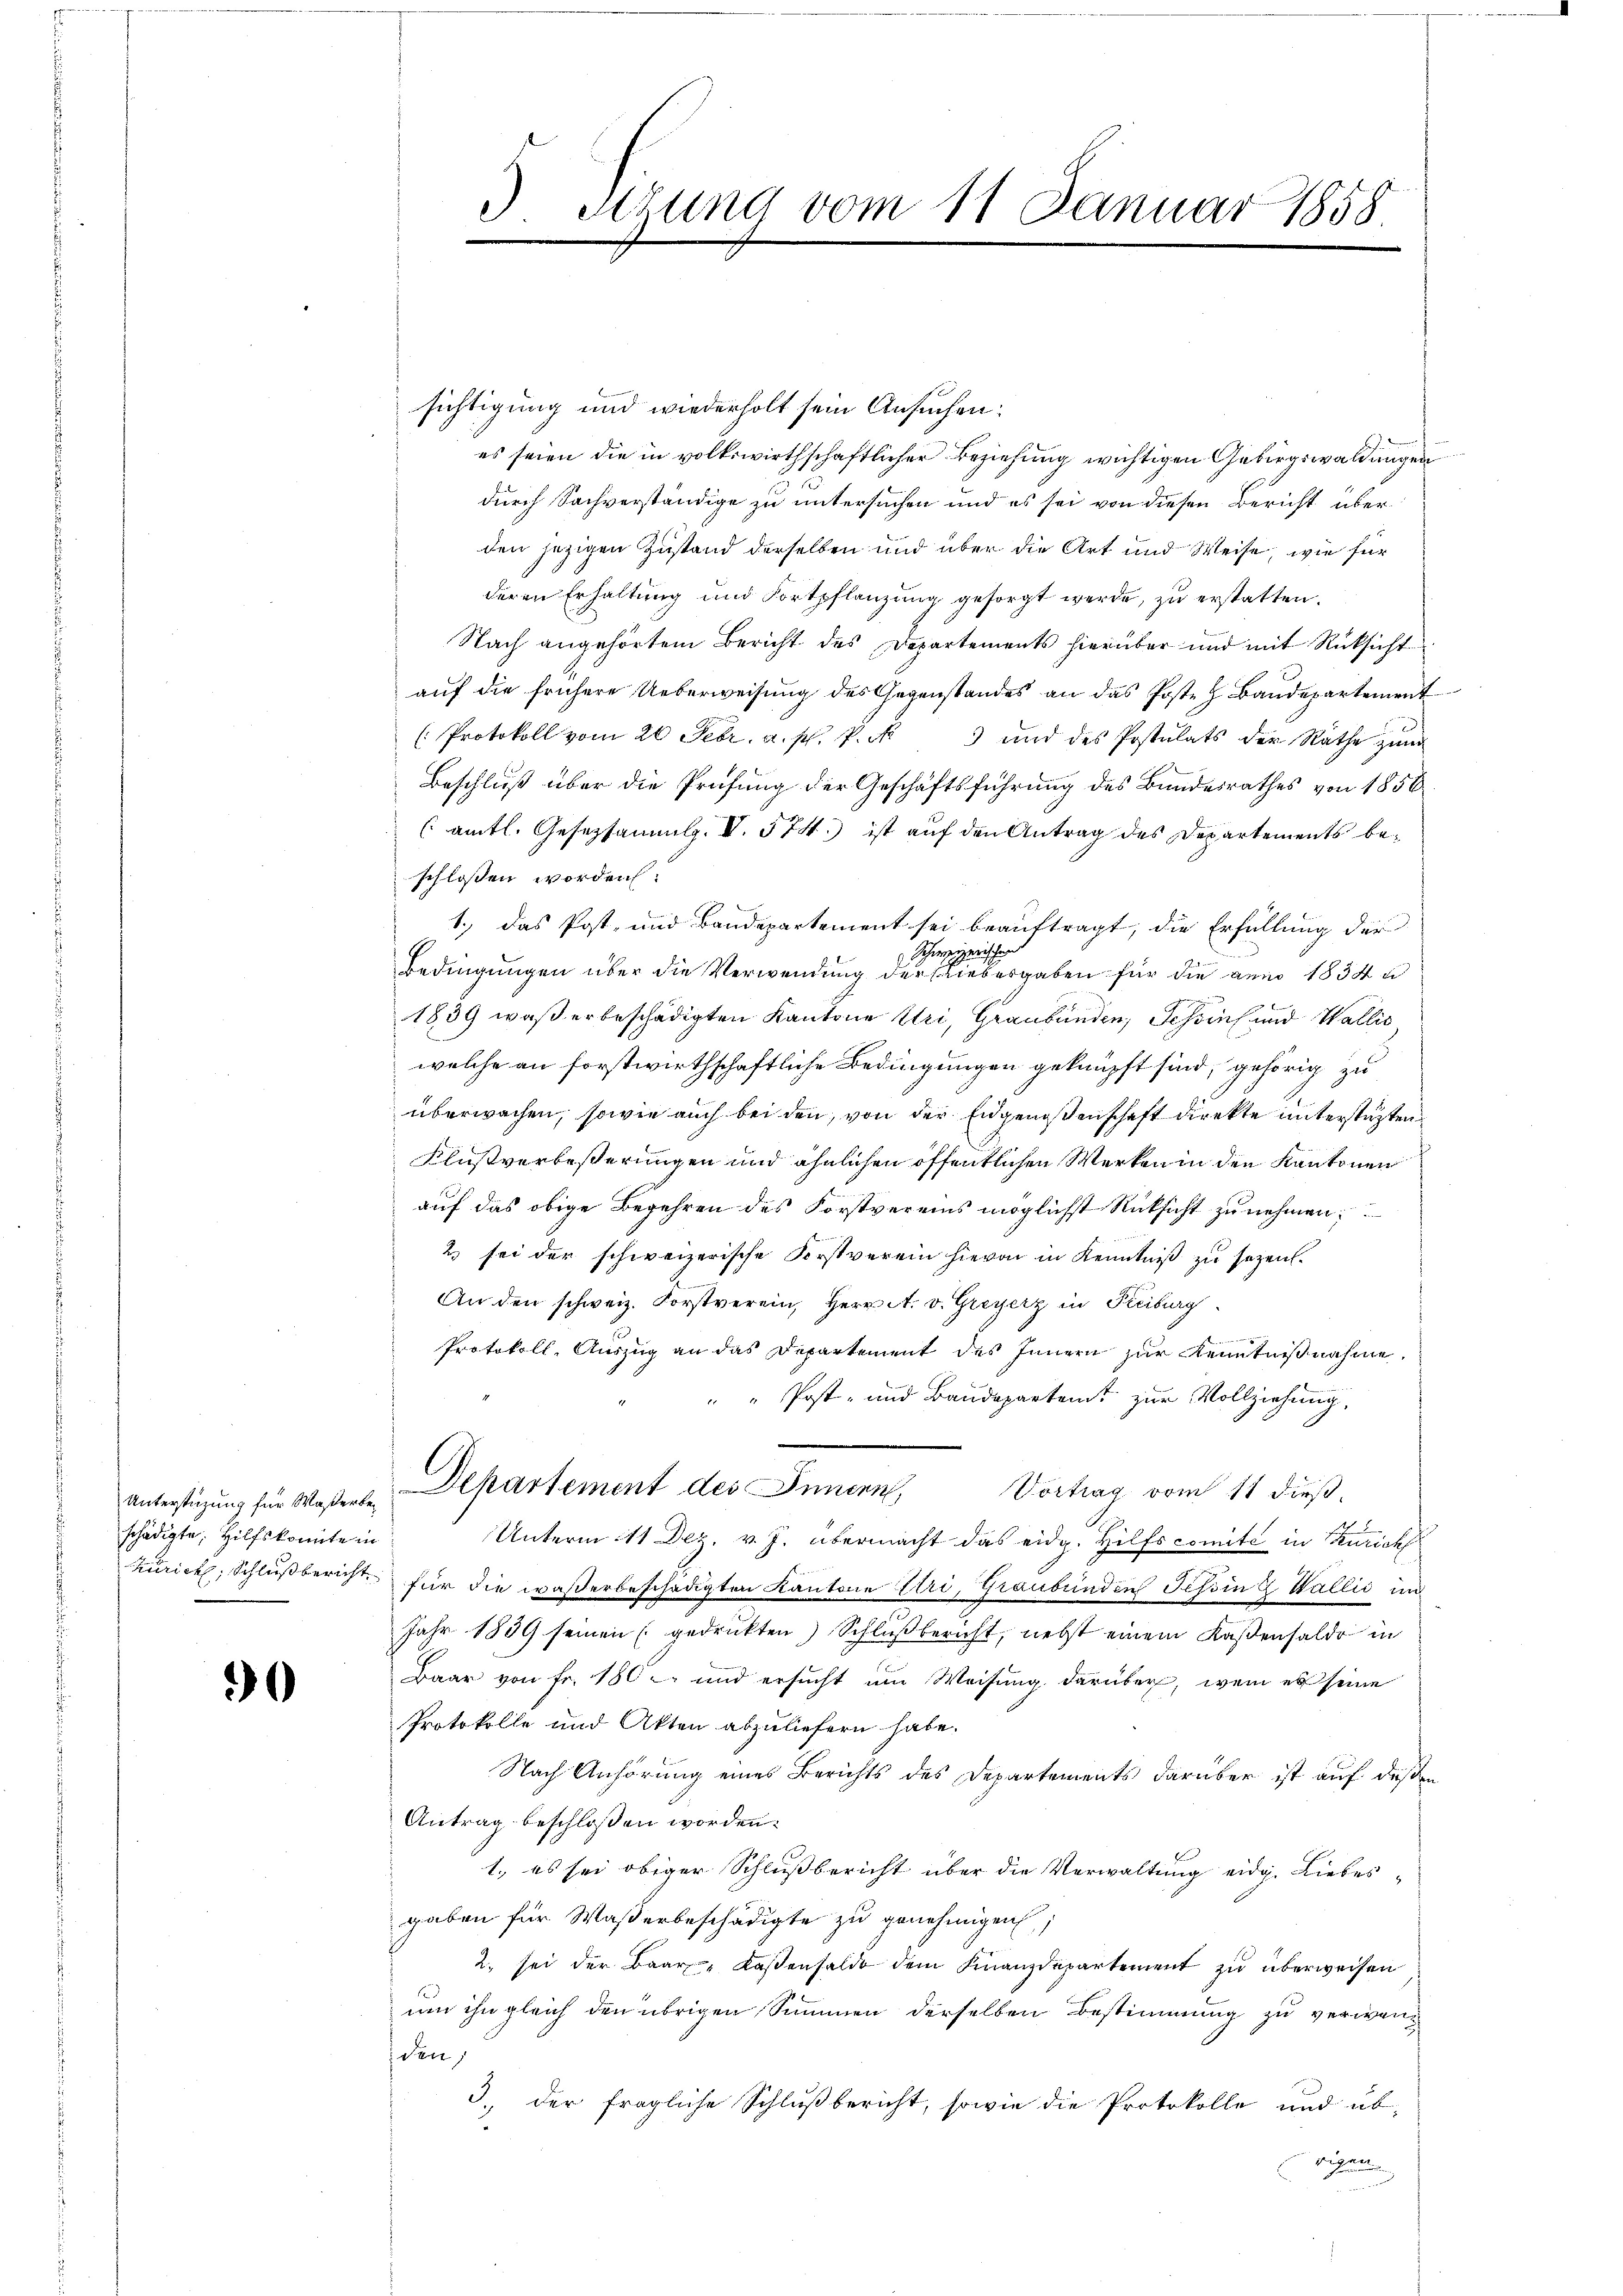
schädigte, Hilfskonnte in

30

3 stung vom 11 Januar 1858

sichtigung und wiederholt sein Ansuchen:
es seien die in volkswirthschaftlicher Beziehung wichtigen Gebirgswaldungen
durch Sachverständige zu untersuchen und es sei von diesen Bericht über
den jezigen Zustand derselben und über die Art und Weise, wie für
deren Erhaltung und Fortpflanzung gesorgt werde, zu erstatten.
Nach angehörtem Bericht des Departements hierüber und mit Rücksicht
auf die frühere Ueberweisung des Gegenstandes an das Posten Baudepartement
(Protokoll vom 20 Febr. a. p. P. N. 3 und des Postulats der Räthe zŭm
Beschluß über die Prüfung der Geschäftsführung des Bundesrathes von 1856
(amtl. Gesetzsammlg. V. 574.) ist auf den Antrag des Departements beschlossen worden:
1., das Post- und Baudepartement sei beauftragt, die Erfüllung der
Schweizerische
Bedingungen über die Verwendung der Liebergaben für die anno 1834 n
1839 was erbeschädigten Kantone Uri, Graubünden, Schönes und Wallis
welche an forstwirthschaftliche Bedingungen geknüpft sind, gehörig zu
überwachen, sowie auch bei den, von der Eidgenoßenschaft direkte unterstatten
Klusverbeßerungen und ähnlichen öffentlichen Werken in den Kantonen
auf das obige Begehren des Forstvereins möglichst Rücksicht zu nehmen;
2) sei der schweizerische Forstverein hievon in Kenntniß zu sezen.
An den schweiz. Forstverein, Herr A. v. Greyerz in Freiburg
Protokoll, Auszug an das Departement des Innern zur Kenntnißnahme.
Post- und Baudepartent zur Vollziehung.
Vortrag vom 11 dieß.
Unterstüzung für Waßerte Departement des Innern
Unterm 11 Dez. v. J. übermacht das eidg. Hilfscomite in Turich
Zürich, Schlußbericht für die waßerbeschädigten Kantone Uri, Graubünden Tessin & Wallić un
Jahr 1839 seinen (gedruckten) Schlußbericht, nebst einem Kaßensaldo in
Baar von Fr. 180 und ersucht um Weisung darüber, wenn es seine
Protokolle und Akten abzuliefern habe.
Nach Anhörung eines Berichts des Departements darüber ist auf deßen
Antrag beschlossen worden.
1., es sei obiger Schlußbericht über die Verwaltung eidg. Liebesgaben für Waßerbeschädigte zu genehmigen,
2. sei der Baar Kassensaldo dem Finanzdepartement zu überweisen
um ihn gleich den übrigen Summen derselben Bestimmung zu verwenden,
3.) Der fragliche Schlußbericht, sowie die Protokolle und üb-
rigen